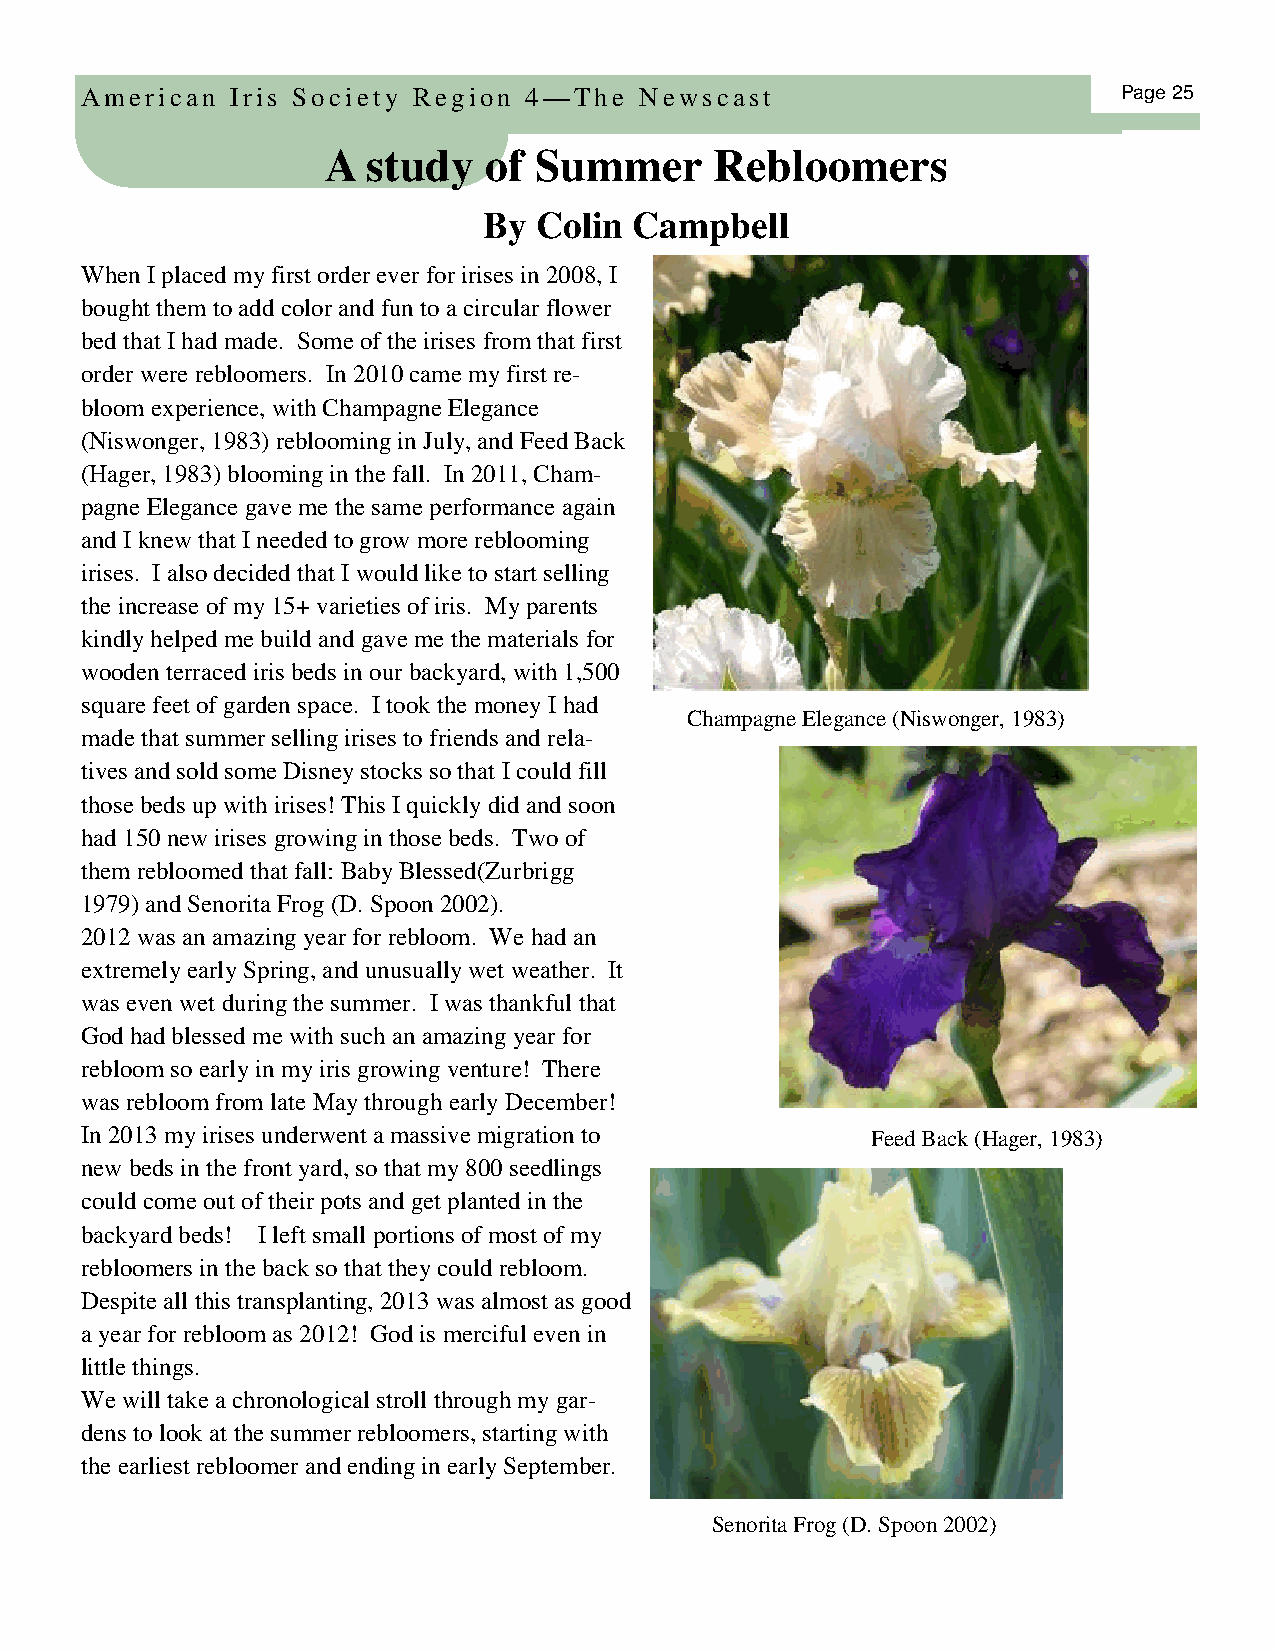
American  Iris Society Region 4—The  Newscast                        Page 25
 A  study   of Summ     er Rebloomers
 By  Colin Campbell
 When I placed my first order ever for irises in 2008, I
 bought them to add color and fun to a circular flower
 bed that I had made. Some of the irises from that first
 order were rebloomers. In 2010 came my first re-
 bloom experience, with Champagne Elegance
 (Niswonger, 1983) reblooming in July, and Feed Back
 (Hager, 1983) blooming in the fall. In 2011, Cham-
 pagne Elegance gave me the same performance again
 and I knew that I needed to grow more reblooming
 irises. I also decided that I would like to start selling
 the increase of my 15+ varieties of iris. My parents
 kindly helped me build and gave me the materials for
 wooden terraced iris beds in our backyard, with 1,500
 square feet of garden space. I took the money I had
 Champagne Elegance (Niswonger, 1983)
 made that summer selling irises to friends and rela-
 tives and sold some Disney stocks so that I could fill
 those beds up with irises! This I quickly did and soon
 had 150 new irises growing in those beds. Two of
 them rebloomed that fall: Baby Blessed(Zurbrigg
 1979) and Senorita Frog (D. Spoon 2002).
 2012 was an amazing year for rebloom. We had an
 extremely early Spring, and unusually wet weather. It
 was even wet during the summer. I was thankful that
 God had blessed me with such an amazing year for
 rebloom so early in my iris growing venture! There
 was rebloom from late May through early December!
 In 2013 my irises underwent a massive migration to   Feed Back (Hager, 1983)
 new beds in the front yard, so that my 800 seedlings
 could come out of their pots and get planted in the
 backyard beds! I left small portions of most of my
 rebloomers in the back so that they could rebloom.
 Despite all this transplanting, 2013 was almost as good
 a year for rebloom as 2012! God is merciful even in
 little things.
 We will take a chronological stroll through my gar-
 dens to look at the summer rebloomers, starting with
 the earliest rebloomer and ending in early September.
 Senorita Frog (D. Spoon 2002)